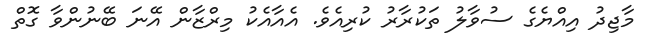
މާޖިދު އިއްޔެގެ ސުވާލު ތަކުރާރު ކުރިއެވެ. އެއާއެކު މިރްޒާން އޭނަ ބޭނުންވާ ގޮތް